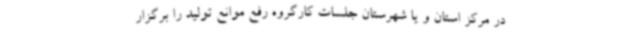
در مرکز استان و یا شهرستان جلسات کارگروه رفع موانع تولید را برگزار